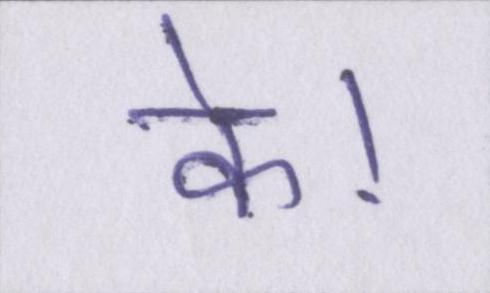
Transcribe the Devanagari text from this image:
के।